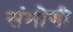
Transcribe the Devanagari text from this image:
संभोगी